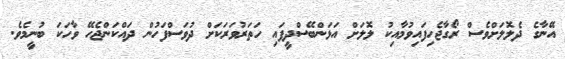
އޭނާގެ ދެލޮލަށްވެސް ރޯގާޖެހިފައިވުމާއިކު ލޮލަށް އަޅަންބޭސްދީފައި ހަތަރުވަރަކަށް ދުވަސްފަހުން ދައްކަންޖެހޭ ވާހަކަ ބުނީމެވެ.